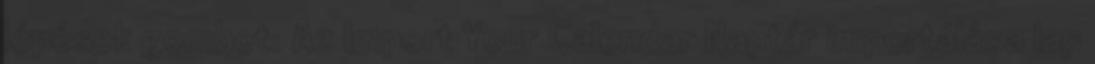
lépések gombot. Az Import Your Calendar Naptár importálása lap